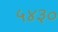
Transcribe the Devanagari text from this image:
५४३०